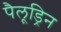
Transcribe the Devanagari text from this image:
पैलूड्रिन